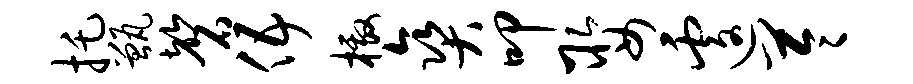
托甑磬伍檄爽叩娶遽苓